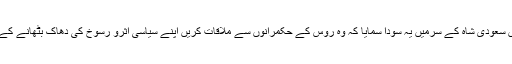
اس کی دوسری مثال موجودہ سعودی عرب کے بادشاہ کی ہے نہ جانے کیوں سعودی شاہ کے سرمیں یہ سودا سمایا کہ وہ روس کے حکمرانوں سے ملاقات کریں اپنے سیاسی اثرو رسوخ کی دھاک بٹھانے کے لئے انہوں نے جو حربہ اپنا یا وہ یہ کہ اپنے ساتھ ڈیڑھ ہزار افراد لے گئے۔